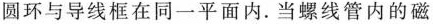
圆环与导线框在同一平面内。当螺线管内的磁